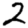
Digit: 2